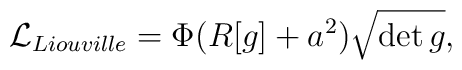
{\cal L}_{Liouville} = \Phi(R[g]+a^2)\sqrt { \det  g},